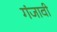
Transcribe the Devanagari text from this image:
गंजावी